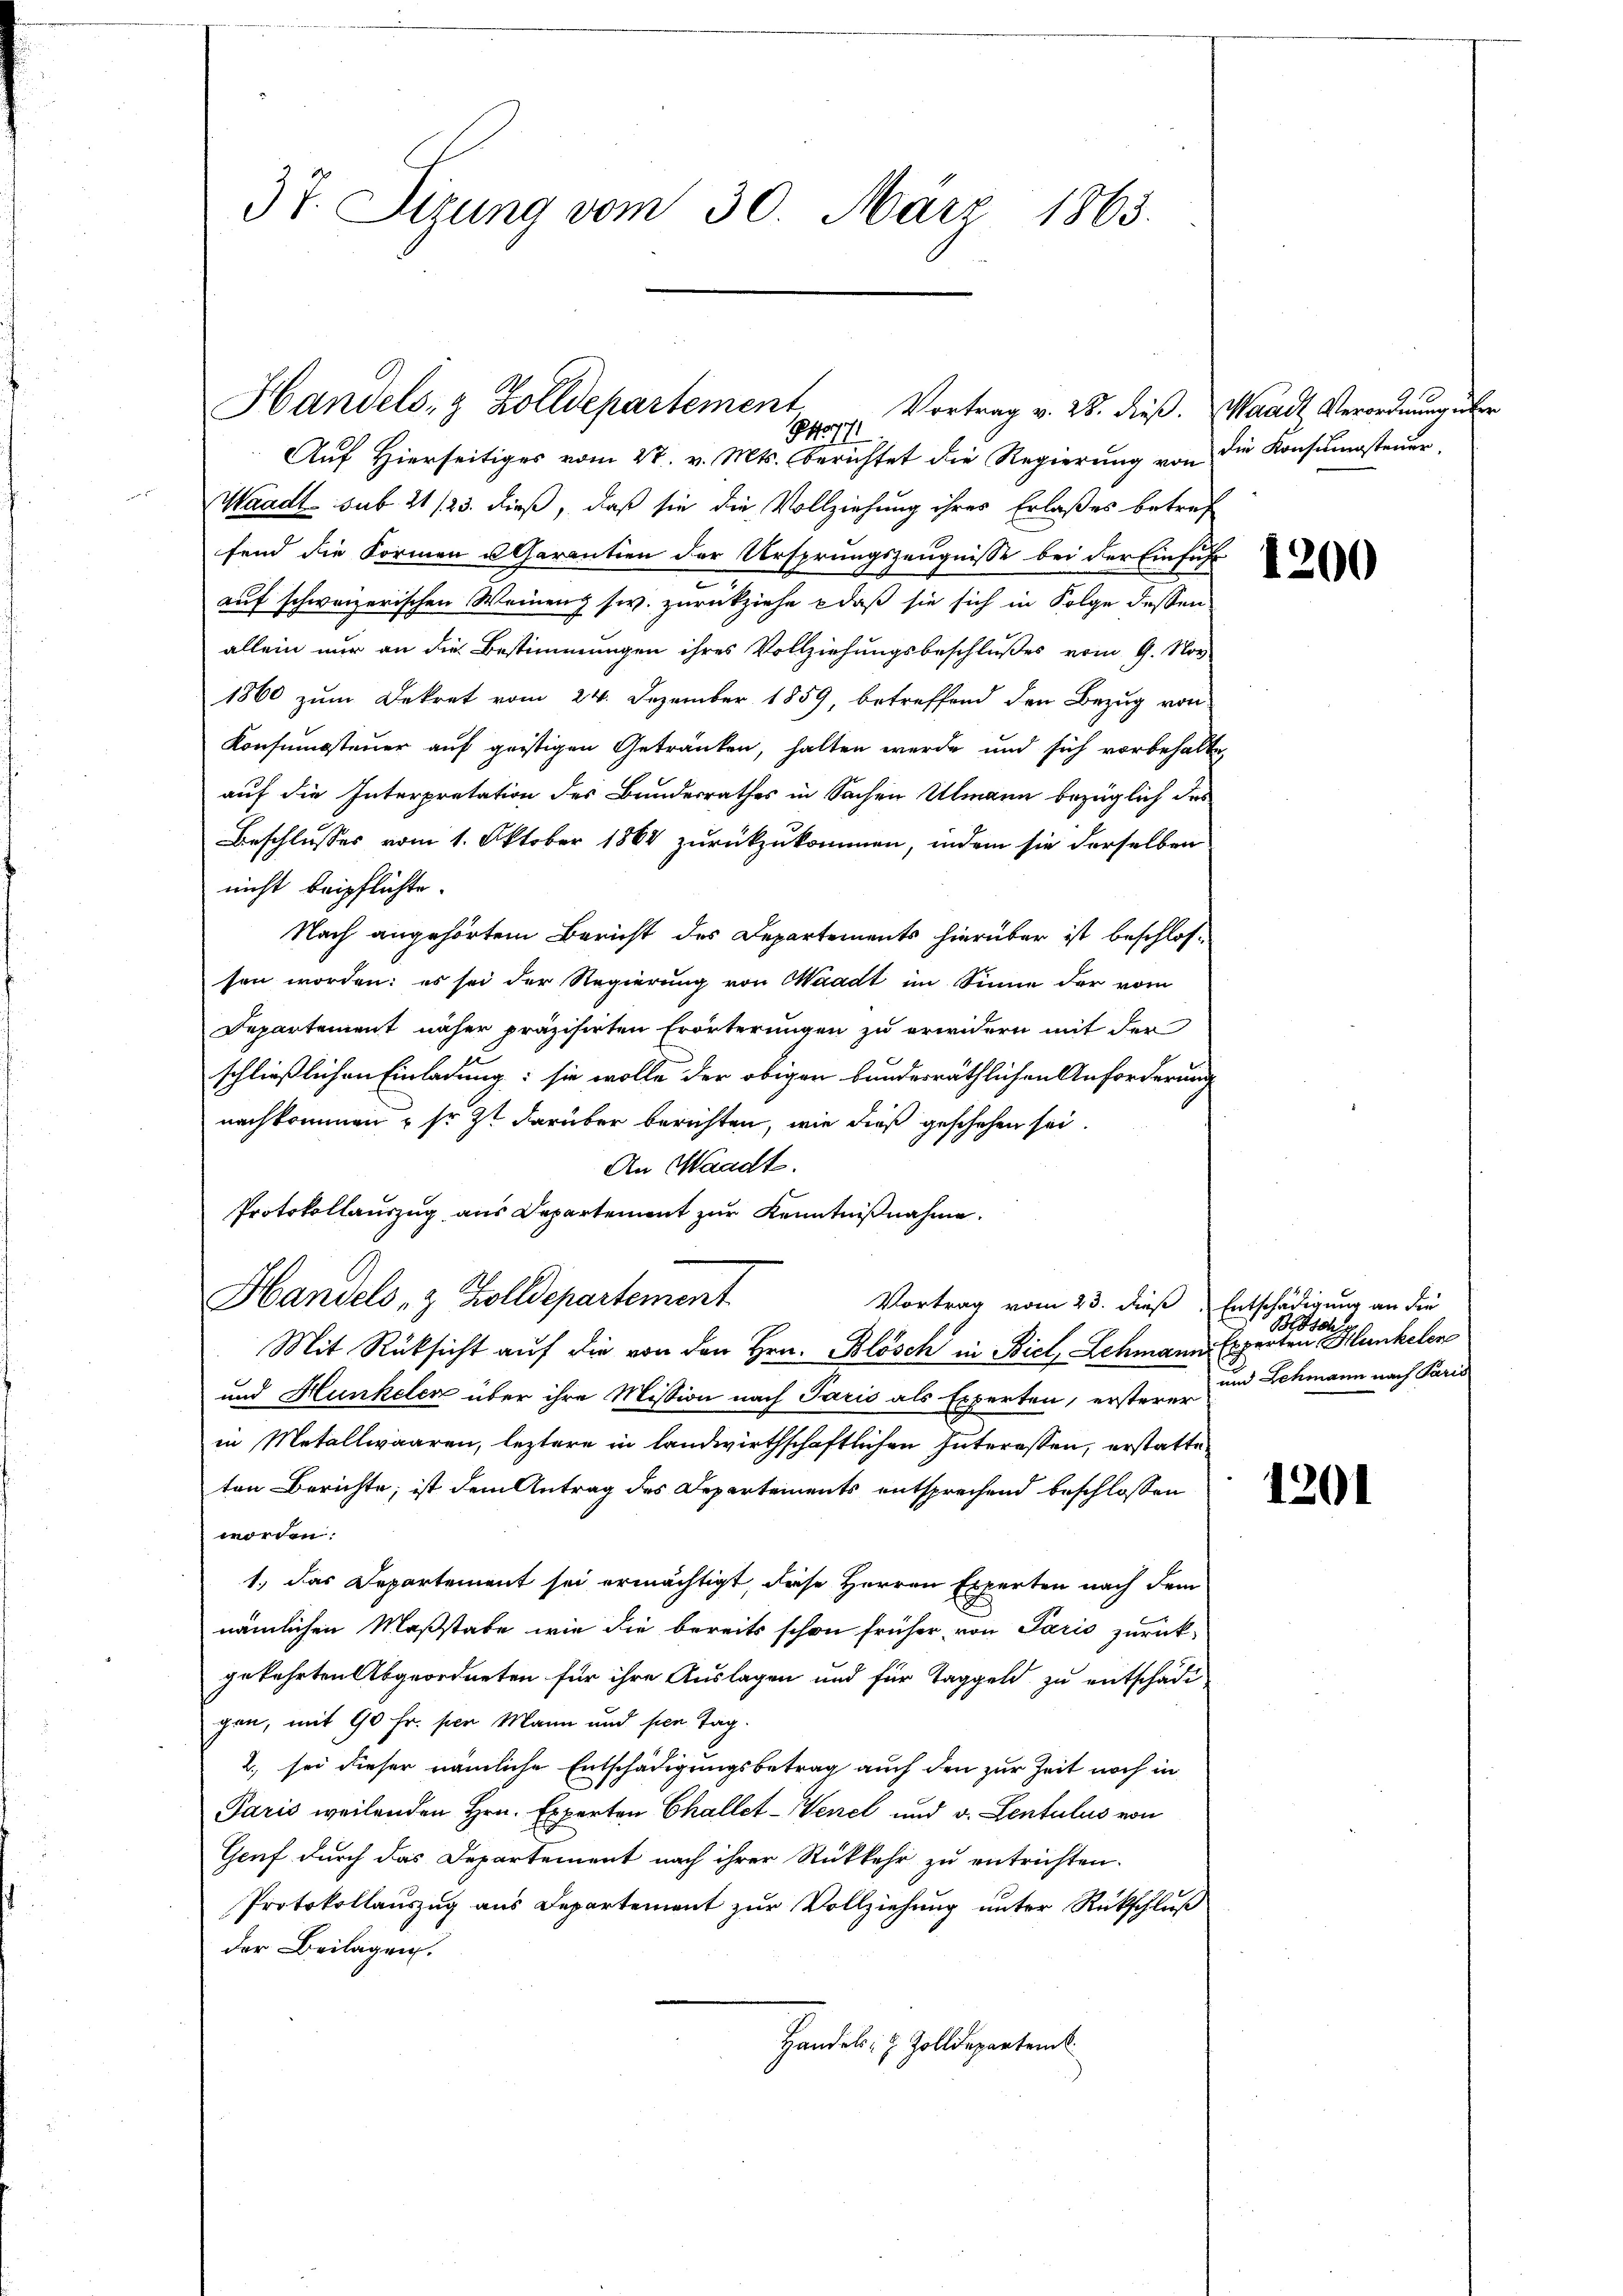
37. Sizung vom 30. März 1863.

Handels- & Zolldepartement Vortrag v. 28. dieβ. Waadt, Verordnung über

Auf Hierseitiges vom 27. v. Mts. berichtet die Regierung von die Konsumsteuer¬
Waadt sub. 21/23. dieß, daß sie die Vollziehung ihres Erlaßes betref
fend die Formen u Charantien der Ursprungszeugnisse bei der Einfuhr
auf schweizerischen Weinenz siv. zurückziehe daß sie sich in Folge dessen
allein nur an die Bestimmungen ihres Vollziehungsbeschlußes vom 9. Nov.
1860 zum Dekret vom 24. Dezember 1859, betreffend den Bezug von
Konsumssteuer auf geistigen Getränken, halten werde und sich vorbehalte,
auf die Interpretation des Bundesrathes in Sachen Ulmann bezüglich des
Beschlusses vom 1. Oktober 1864 zurückzukommen, indem sie derselben
 nicht beipflichte.
Nach angehörtem Bericht des Departements hierüber ist beschlossen worden: es sei der Regierung von Waadt im Sinne der vom
Departement näher präzisirten Erörterungen zu erwidern mit der
schließlichen Einladung: sie wolle der obigen bunderräthlichen Anforderung
nachkommen, so zt darüber berichten, wie dieß geschehen sei.
An Waadt.
Protokollauszug aus Departement zur Kenntnißnahme.
Handels- & Zolldepartement
Vortrag vom 23. dieß, Entschädigung an die
Mit Rücksicht auf die von den Hrn. Blösch in Biel, Schmann Experten Hunkelen
und Hunkelen über ihre Mission nach Paris als Experten, ersterer
in Metallwaaren, leztere in landwirthschaftlichen Interessen, erstatteten Berichte; ist dem Antrag des Departements entsprechend beschlossen
worden:
1.) Das Departement sei ermächtigt, diese Herren Experten nach dem
nämlichen Maßstabe wie die bereits schon früher von Paris zurück-
gekehrten Abgeordneten für ihre Auslagen und für Taggeld zu entschädigen, mit 90 Fr. per Mann und sen Tag.
2., sei dieser nämliche Entschädigungsbetrag auch den zur Zeit noch in
Paris weilenden Hrn. Experten Challet-Wenel und v. Lentulus von
Genf durch das Departement nach ihrer Rückkehr zu entrichten.
Protokollauszug aus Departement zur Vollziehung unter Rückschluß
der Beilagen.
Handels- & Zolldeparten

1200

Blösch
und Schmann nach Paris

1201